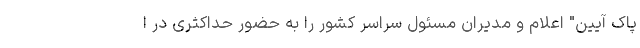
پاک آیین" اعلام و مدیران مسئول سراسر کشور را به حضور حداکثری در ا